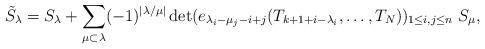
LaTeX: \begin{align*}\tilde{S}_{\lambda }=S_{\lambda }+\sum_{\mu \subset \lambda }(-1)^{|\lambda/\mu |}\det (e_{\lambda _{i}-\mu _{j}-i+j}(T_{k+1+i-\lambda _{i}},\ldots,T_{N}))_{1\leq i,j\leq n}~S_{\mu }, \end{align*}